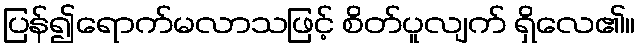
ပြန်၍ရောက်မလာသဖြင့် စိတ်ပူလျက် ရှိလေ၏။